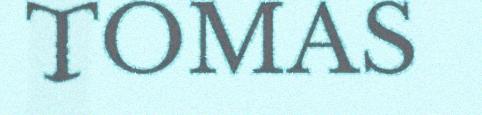
TOMAS